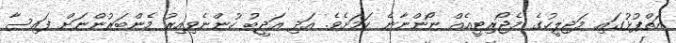
އަތްޕުޅުގައި މަޖިލީހުގެ މެޖޯރިޓީއެއް ނޯންނާނެ ކަމަށެވެ. އަދި އަދީބު ހުންނެވިއިރު މެންބަރުންނަށް ފައިސާ